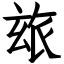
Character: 玈